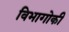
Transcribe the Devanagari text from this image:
विभागोकी